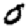
Digit: 0